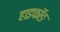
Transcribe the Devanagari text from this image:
हाइफॉङ